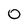
Character: 0